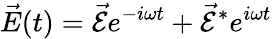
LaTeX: \vec{E}(t)=\vec{\mathcal{E}}e^{-i\omega t}+{\vec{\mathcal{E}}}^{*}e^{i\omega t}